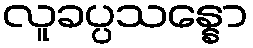
လူခပ္ပသန္နော